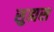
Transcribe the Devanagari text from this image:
सुह्मस